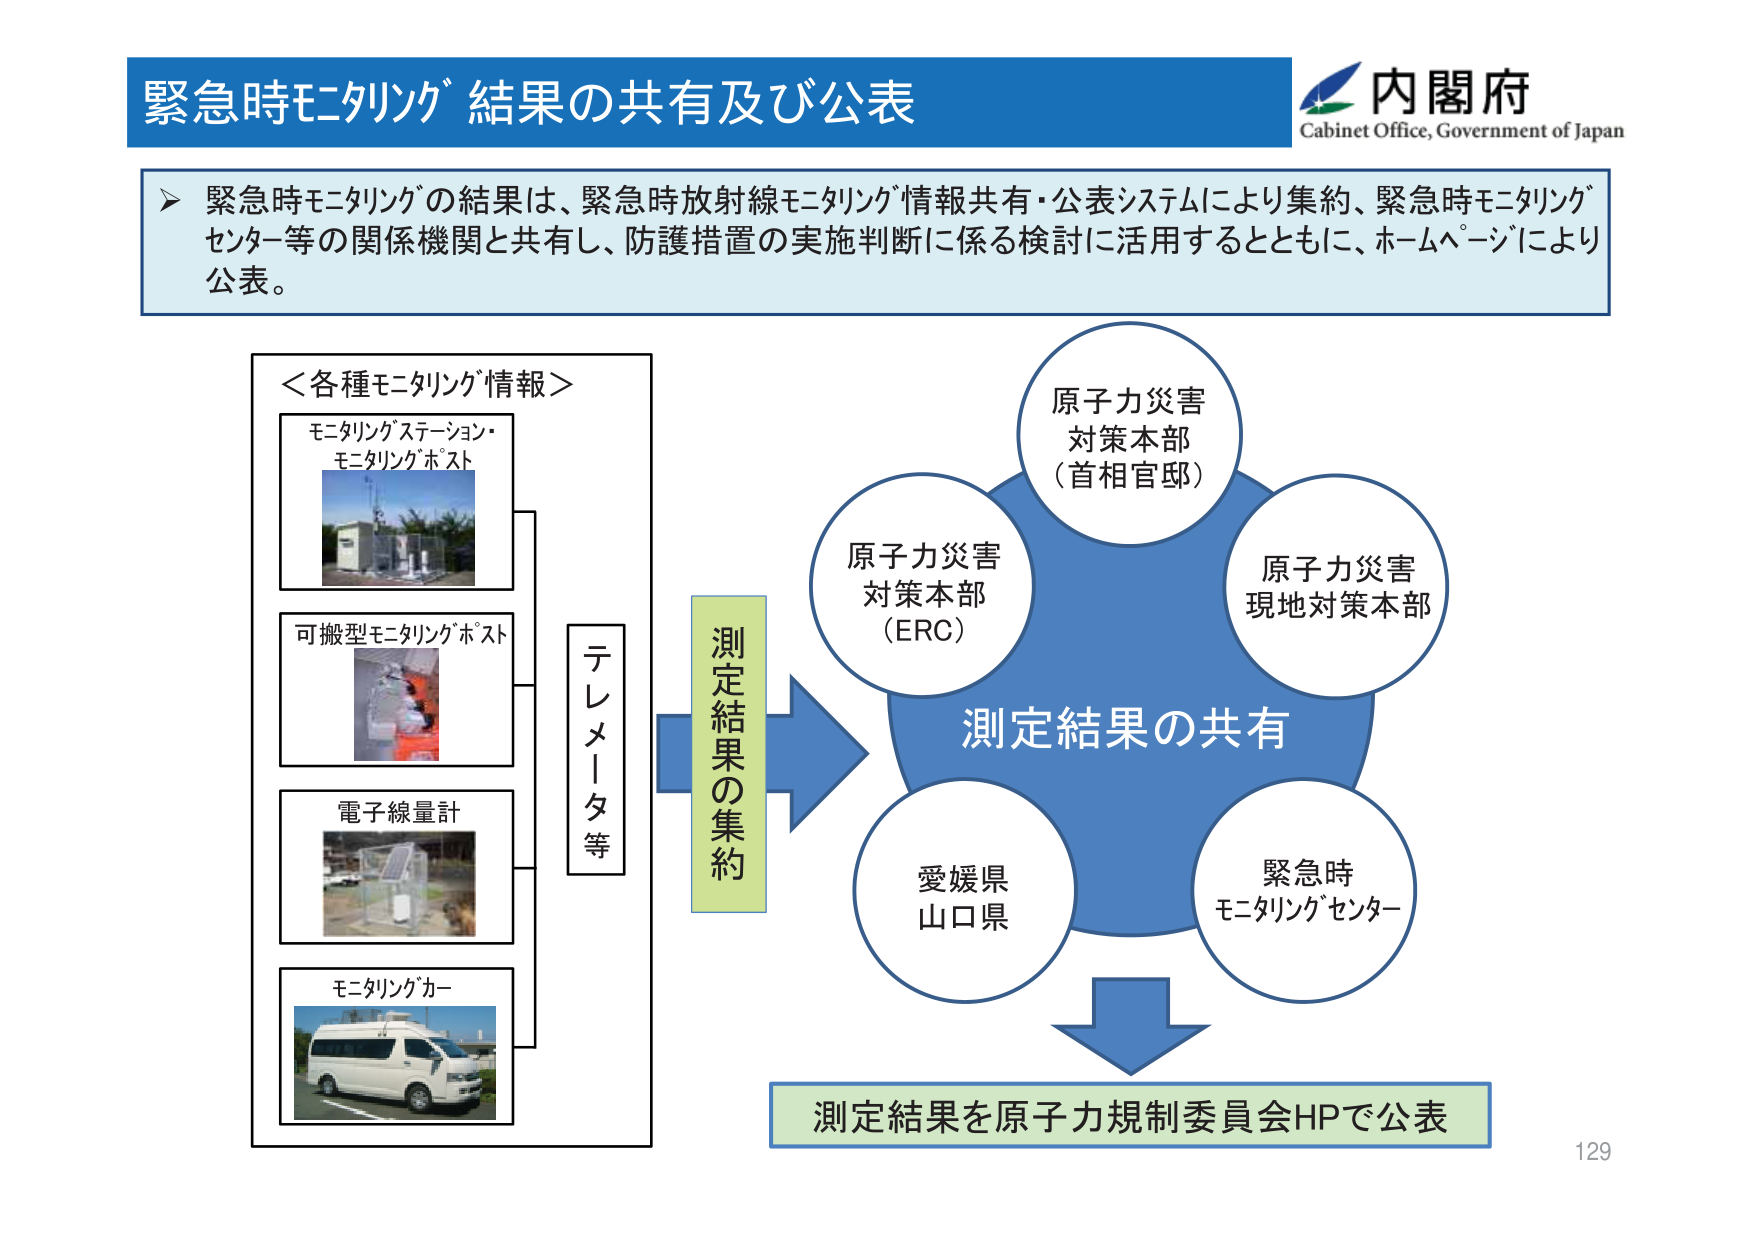
緊急時モニタリング 結果の共有及び公表
内閣府
Cabinet Office, Government of Japan
緊急時モニタリングの結果は、緊急時放射線モニタリング情報共有・公表システムにより集約、緊急時モニタリング
センター等の関係機関と共有し、防護措置の実施判断に係る検討に活用するとともに、ホームページにより
公表。
＜各種モニタリング情報＞
モニタリングステーション・
モニタリングポスト
可搬型モニタリングポスト
電子線量計
モニタリングカー
テレメータ等
測定結果の集約
原子力災害
対策本部
（首相官邸）
原子力災害
対策本部
（ERC）
原子力災害
現地対策本部
測定結果の共有
愛媛県
山口県
緊急時
モニタリングセンター
測定結果を原子力規制委員会HPで公表
129